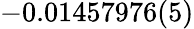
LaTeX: -0.01457976(5)